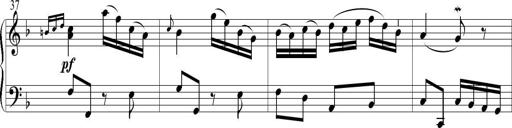
Title: 6 Leichte Sonatinen, Teil 1
Composer: F. Sigismund Sander